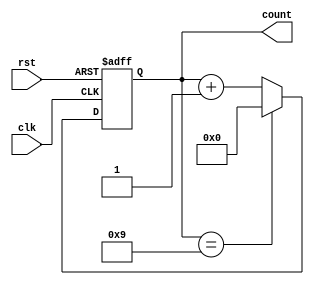
module decade_counter (
	input wire clk,
	input wire rst,
	output reg [3:0] count
);

reg [3:0] current_count;

always @(posedge clk or posedge rst) begin
	if (rst) begin
		current_count <= 4'b0000;
	end
	else begin
		if (current_count == 4'b1001) begin
			current_count <= 4'b0000;
		end
		else begin
			current_count <= current_count + 4'b0001;
		end
	end
end

assign count = current_count;

endmodule